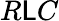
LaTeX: R\mathsf{L}C